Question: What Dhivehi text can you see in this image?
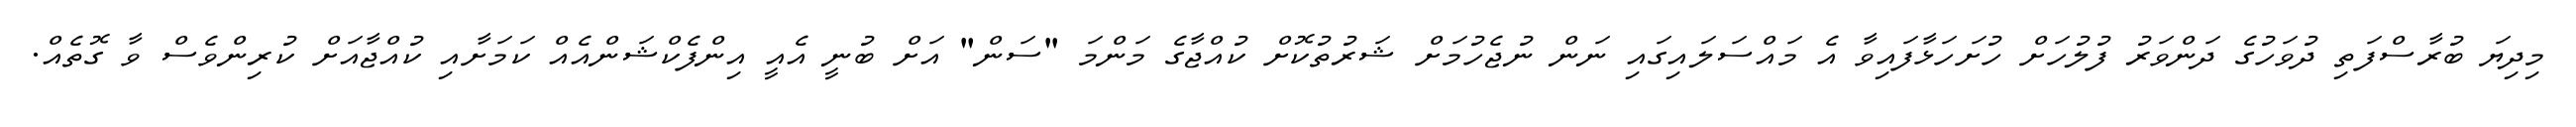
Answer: މިދިޔަ ބުރާސްފަތި ދުވަހުގެ ދަންވަރު ފުލުހަށް ހުށަހަޅާފައިވާ އެ މައްސަލައިގައި ނަން ނުޖެހުމަށް ޝަރުތުކޮށް ކުއްޖާގެ މަންމަ "ސަން" އަށް ބުނީ އެއީ އިންފެކްޝަންއެއް ކަމަށާއި ކުއްޖާއަށް ކުރިންވެސް ވާ ގޮތެއް.